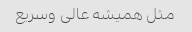
مثل همیشه عالی وسریع